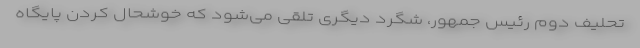
تحلیف دوم رئیس جمهور، شگرد دیگری تلقی می‌شود که خوشحال کردن پایگاه